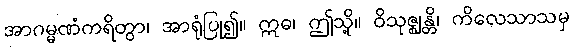
အာဂမ္မဏံကရိတွာ၊ အာရုံပြု၍။ ဣဓ၊ ဤသို့။ ဝိသုဇ္ဈန္တိ၊ ကိလေသာသမှ